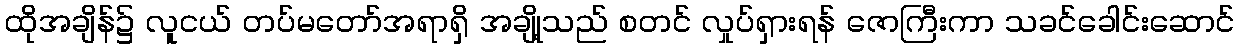
ထိုအချိန်၌ လူငယ် တပ်မတော်အရာရှိ အချို့သည် စတင် လှုပ်ရှားရန် ဇောကြီးကာ သခင်ခေါင်းဆောင်